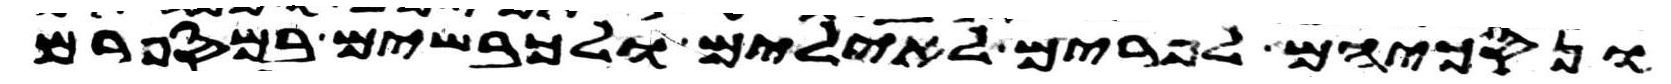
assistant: ונסכיהם לפרים לאילים ולכבשים במספרם